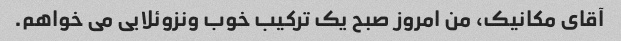
آقای مکانیک، من امروز صبح یک ترکیب خوب ونزوئلایی می خواهم.